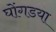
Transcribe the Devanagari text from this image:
घोंगडया